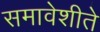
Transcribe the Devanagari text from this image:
समावेशीते